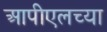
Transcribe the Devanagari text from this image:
आपीएलच्या